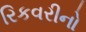
રિકવરીનો